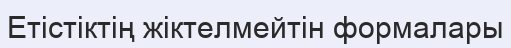
Етістіктің жіктелмейтін формалары